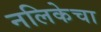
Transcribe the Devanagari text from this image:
नलिकेचा